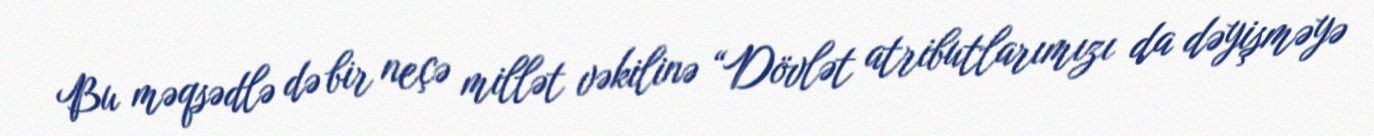
Bu məqsədlə də bir neçə millət vəkilinə “Dövlət atributlarımızı da dəyişməyə